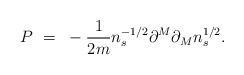
LaTeX: \begin{align*}P~=~- \frac{1}{2m} n_s^{-1/2} \partial^M \partial_M n_s^{1/2} .\end{align*}